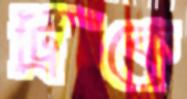
ট্রিকে